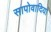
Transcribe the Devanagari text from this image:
सापोवादिया